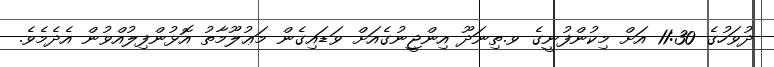
ދުވަހުގެ 11:30 އަށް މިކުންފުނީގެ ވ.ތިނަދޫ އިންޖީނުގެއަށް ވަޑައިގެން މަޢުލޫމާތު އޮޅުންފިލުއްވުން އެދެމެވެ.